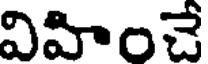
విహించే